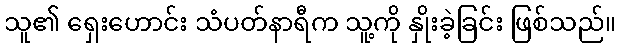
သူ၏ ရှေးဟောင်း သံပတ်နာရီက သူ့ကို နှိုးခဲ့ခြင်း ဖြစ်သည်။